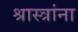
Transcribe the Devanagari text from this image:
श्रास्त्रांना